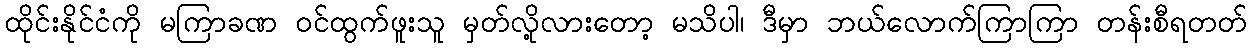
ထိုင်းနိုင်ငံကို မကြာခဏ ဝင်ထွက်ဖူးသူ မှတ်လို့လားတော့ မသိပါ၊ ဒီမှာ ဘယ်လောက်ကြာကြာ တန်းစီရတတ်